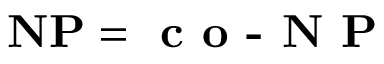
\mathbf { N P } = { \textbf { c o - N P } }